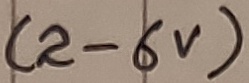
Text: (2-6V)